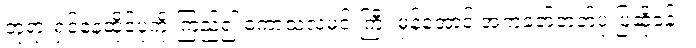
ဘုရားရှင်နေထိုင်ပုံကို ကြည့်၍ ကောသလမင်းကြီး မှန်အောင် အကဲခတ်တတ်ပုံ ပြဆိုခန်း။